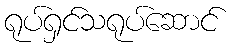
ရုပ်ရှင်သရုပ်ဆောင်